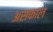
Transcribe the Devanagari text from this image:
असफाल